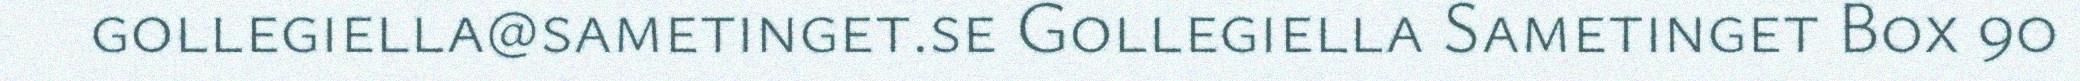
gollegiella@sametinget.se Gollegiella Sametinget Box 90